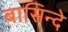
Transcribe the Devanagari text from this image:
बासिन्दे